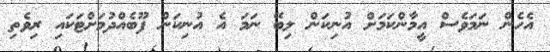
އެހެން ނަމަވެސް އީމާންކަމަށް އުނިކަން ލިބޭ ނަމަ އެ އުނިކަން ފޫބެއްދުމަށްޓަކައި ރިވެތި